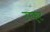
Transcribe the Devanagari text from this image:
उरकूट